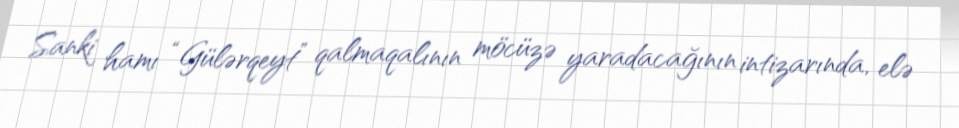
Sanki hamı “Gülərqeyt” qalmaqalının möcüzə yaradacağının intizarında, elə